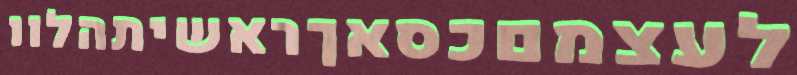
לעצמםכסאךראשיתהלוו